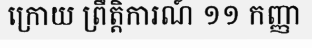
ក្រោយ ព្រឹត្តិការណ៍ ១១ កញ្ញា